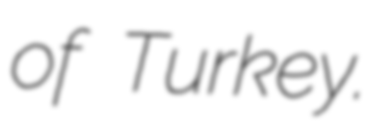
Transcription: of Turkey.